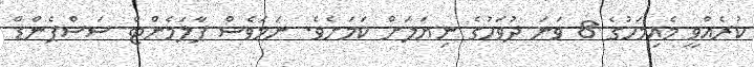
ކުރެއްވީ މެއިމަހުގެ 8 ވަނަ ދުވަހުގެ ނިޔަލަށް ކަމަށެވެ. ނަމަވެސް ޕާލަމެންޓް ސަސްޕެންޑް